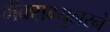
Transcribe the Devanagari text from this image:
मॅक्सम्युलरने